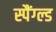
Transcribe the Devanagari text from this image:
स्पैंग्ल्ड